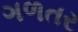
ગળતર